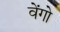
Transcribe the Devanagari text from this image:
वेंगो